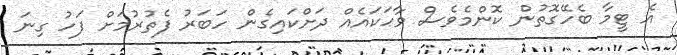
އެ ޓީމާ ބެހޭގޮތުން ކޮންމެވެސް ވާހަކައެއް ދަށްކައިގެން ހަބަރު ފެތުރުމަށް ފަހު ގިނަ